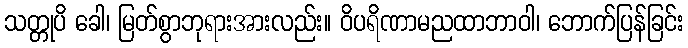
သတ္တုပိ ခေါ၊ မြတ်စွာဘုရားအားလည်း။ ဝိပရိဏာမညထာဘာဝါ၊ ဘောက်ပြန်ခြင်း